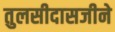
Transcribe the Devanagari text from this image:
तुलसीदासजीने